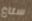
ستاغ